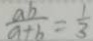
\frac { a b } { a + b } = \frac { 1 } { 3 }